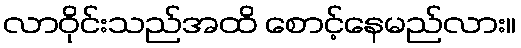
လာဝိုင်းသည်အထိ စောင့်နေမည်လား။